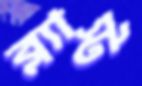
ব্ল্যাস্ট